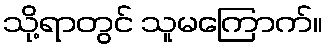
သို့ရာတွင် သူမကြောက်။